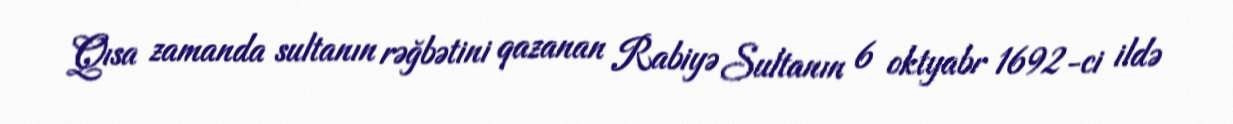
Qısa zamanda sultanın rəğbətini qazanan Rabiyə Sultanın 6 oktyabr 1692-ci ildə